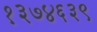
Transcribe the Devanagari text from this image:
१३७४६३९